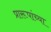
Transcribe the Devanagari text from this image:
प्रारूपांच्या